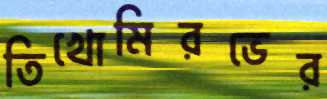
তিখোমিরভের